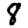
Digit: 8